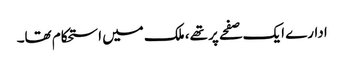
ادارے ایک صفحے پر تھے، ملک میں استحکام تھا۔